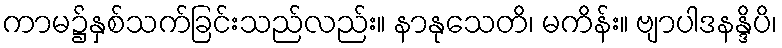
ကာမ၌နှစ်သက်ခြင်းသည်လည်း။ နာနုသေတိ၊ မကိန်း။ ဗျာပါဒနန္ဒိပိ၊